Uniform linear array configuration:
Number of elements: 8
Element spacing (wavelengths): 0.75
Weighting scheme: blackman
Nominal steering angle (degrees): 45
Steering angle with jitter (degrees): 44.322
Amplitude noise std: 0.05
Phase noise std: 0.05

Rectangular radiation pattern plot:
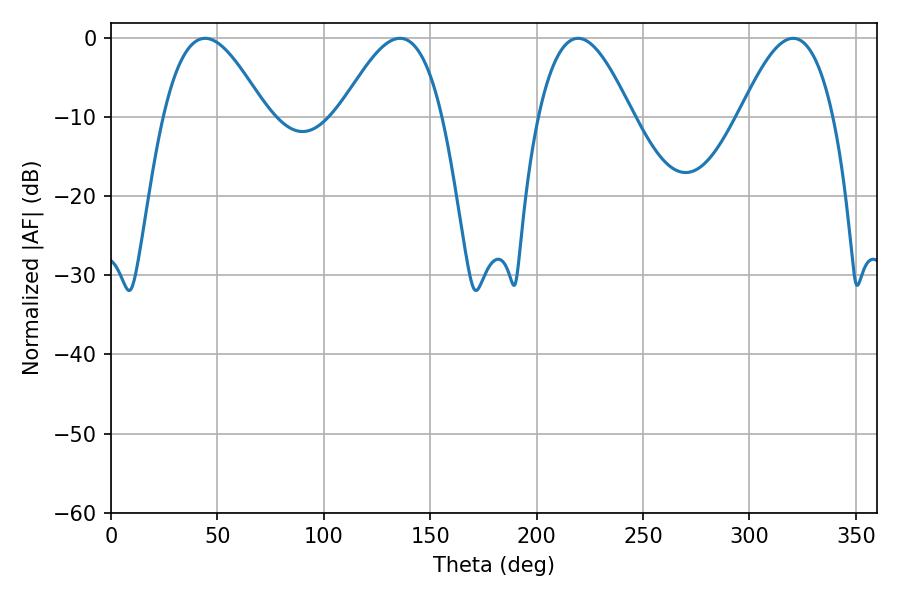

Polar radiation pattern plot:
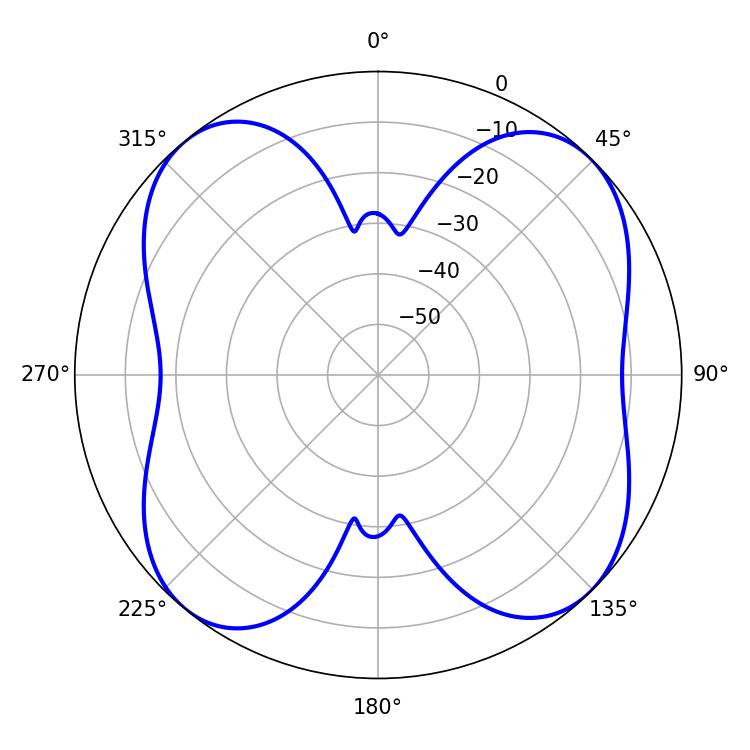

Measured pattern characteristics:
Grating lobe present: TRUE
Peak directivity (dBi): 11.712
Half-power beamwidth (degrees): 26.1
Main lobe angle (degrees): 44.28